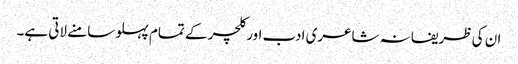
ان کی ظریفانہ شاعری ادب اور کلچر کے تمام پہلو سامنے لاتی ہے۔